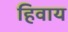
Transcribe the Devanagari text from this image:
हिवाय